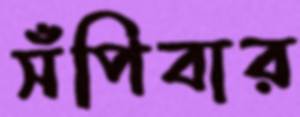
সঁপিবার